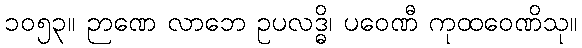
၁၀၅၃။ ဉာဏေ လာဘေ ဥပလဒ္ဓိ၊ ပဝေဏီ ကုထဝေဏိသု။